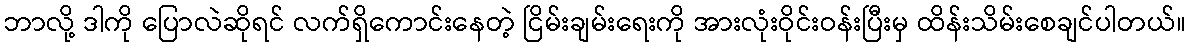
ဘာလို့ ဒါကို ပြောလဲဆိုရင် လက်ရှိကောင်းနေတဲ့ ငြိမ်းချမ်းရေးကို အားလုံးဝိုင်းဝန်းပြီးမှ ထိန်းသိမ်းစေချင်ပါတယ်။